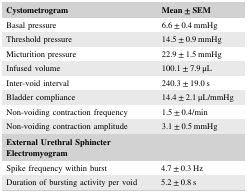
| Cystometrogram | Mean ± SEM |
 | --- | --- |
 | Basal pressure | 6.6 ± 0.4 mmHg |
 | Threshold pressure | 14.5 ± 0.9 mmHg |
 | Micturition pressure | 22.9 ± 1.5 mmHg |
 | Infused volume | 100.1 ± 7.9 μL |
 | Inter‐void interval | 240.3 ± 19.0 s |
 | Bladder compliance | 14.4 ± 2.1 μL/mmHg |
 | Non‐voiding contraction frequency | 1.5 ± 0.4/min |
 | Non‐voiding contraction amplitude | 3.1 ± 0.5 mmHg |
 | External Urethral Sphincter Electromyogram |  |
 | Spike frequency within burst | 4.7 ± 0.3 Hz |
 | Duration of bursting activity per void | 5.2 ± 0.8 s |